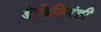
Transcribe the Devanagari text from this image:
डेफिशियंशी